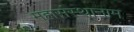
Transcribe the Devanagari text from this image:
महासंस्थानाम